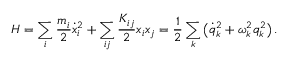
H = \sum _ { i } \frac { m _ { i } } { 2 } \dot { x } _ { i } ^ { 2 } + \sum _ { i j } \frac { K _ { i j } } { 2 } x _ { i } x _ { j } = \frac { 1 } { 2 } \sum _ { k } \big ( \dot { q } _ { k } ^ { 2 } + \omega _ { k } ^ { 2 } q _ { k } ^ { 2 } \big ) \, .